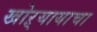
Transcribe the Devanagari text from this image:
खोऱ्यायाचा